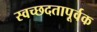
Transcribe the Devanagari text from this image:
स्वच्छदतापूर्वक